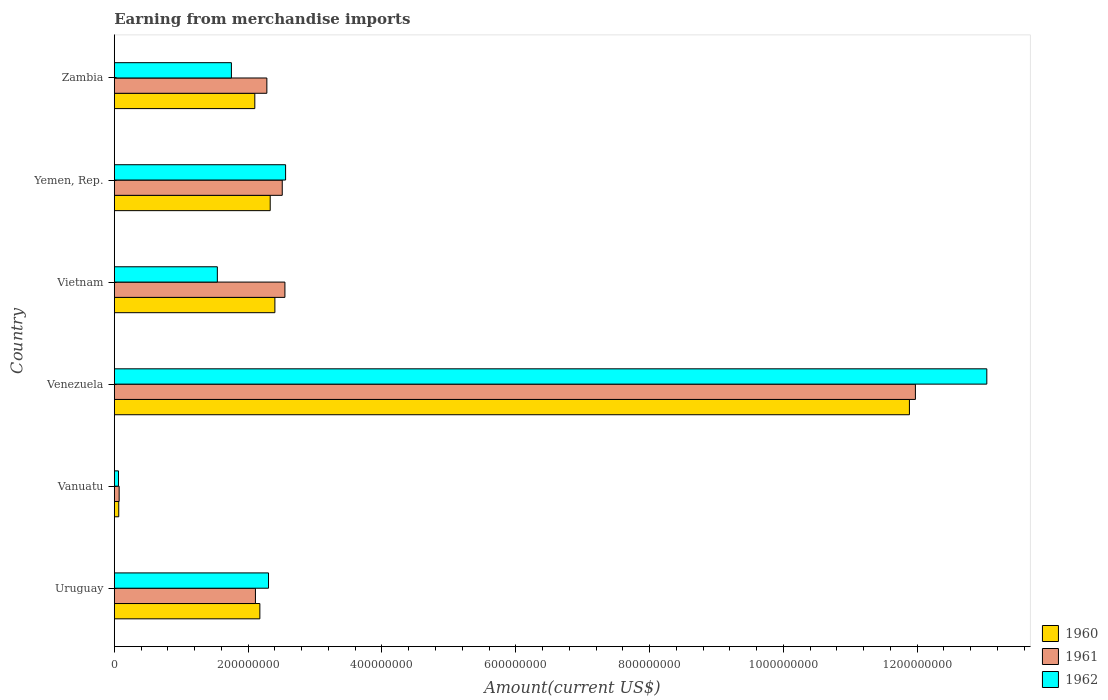
| Country | 1960 | 1961 | 1962 |
 | --- | --- | --- | --- |
 | Uruguay | 2.18e+08 | 2.11e+08 | 2.3e+08 |
 | Vanuatu | 6.64e+06 | 7.25e+06 | 6.24e+06 |
 | Venezuela | 1.19e+09 | 1.2e+09 | 1.3e+09 |
 | Vietnam | 2.4e+08 | 2.55e+08 | 1.54e+08 |
 | Yemen, Rep. | 2.33e+08 | 2.51e+08 | 2.56e+08 |
 | Zambia | 2.1e+08 | 2.28e+08 | 1.75e+08 |